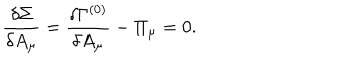
\frac { \delta \Sigma } { \delta A _ { \mu } } = \frac { \delta \Gamma ^ { ( 0 ) } } { \delta A _ { \mu } } - \Pi _ { \mu } = 0 .